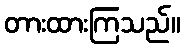
တားထားကြသည်။